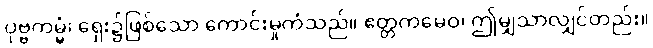
ပုဗ္ဗကမ္မံ၊ ရှေး၌ဖြစ်သော ကောင်းမှုကံသည်။ ဧတ္တကမေဝ၊ ဤမျှသာလျှင်တည်း။